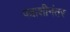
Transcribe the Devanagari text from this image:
पन्नाशीनंतर